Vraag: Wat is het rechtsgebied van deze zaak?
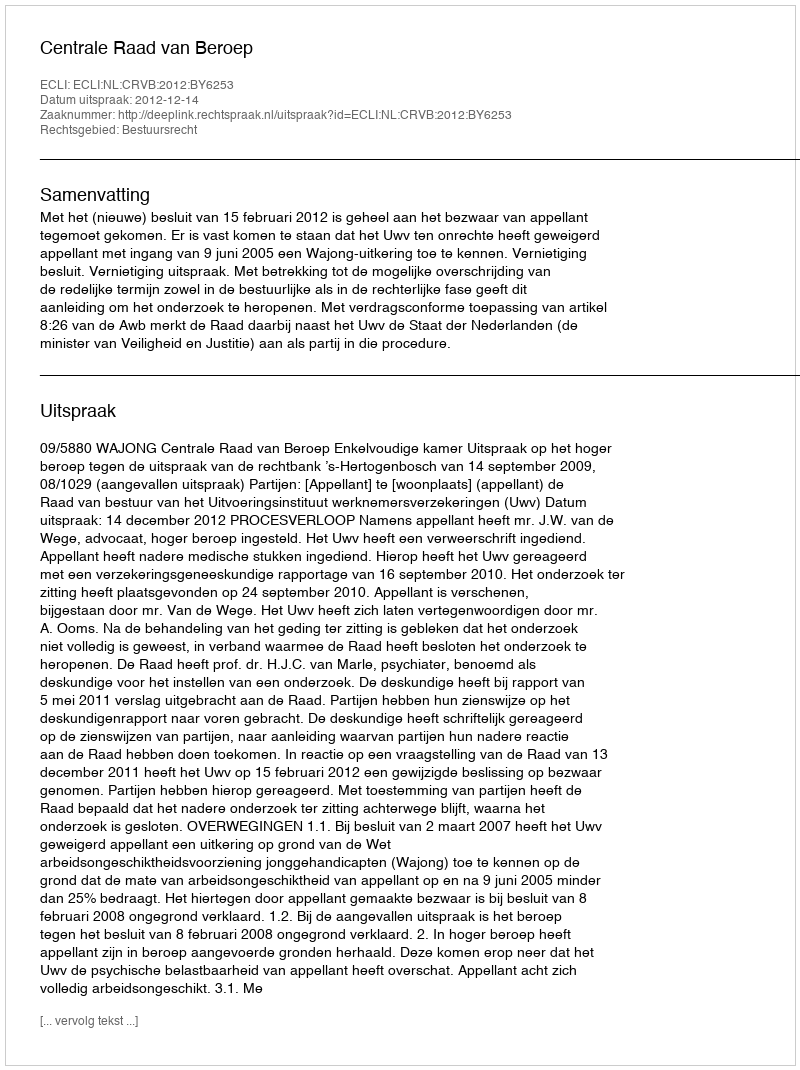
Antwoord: Bestuursrecht